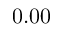
0 . 0 0